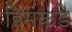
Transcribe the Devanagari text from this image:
हिमकडे